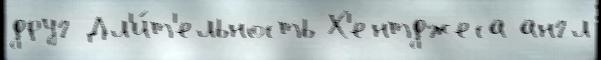
друг Дл'и́т'ельность Х'ентджеса англ